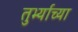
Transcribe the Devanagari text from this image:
तुर्भ्याच्या